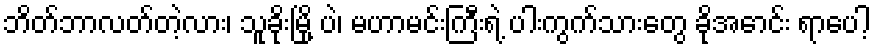
ဘိတ်ဘာလတ်တဲ့လား၊ သူခိုးမြို့ ပဲ၊ မဟာမင်းကြီးရဲ့ ပါးကွက်သားတွေ ခိုအောင်း ရာပေါ့